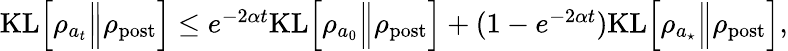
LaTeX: \begin{array}{r}{{\mathrm{KL}}\Bigl[\rho_{a_{t}}\Big\Vert\rho_{\mathrm{post}}\Bigr]\leq e^{-2\alpha t}{\mathrm{KL}}\Bigl[\rho_{a_{0}}\Big\Vert\rho_{\mathrm{post}}\Bigr]+(1-e^{-2\alpha t}){\mathrm{KL}}\Bigl[\rho_{a_{\star}}\Big\Vert\rho_{\mathrm{post}}\Bigr],}\end{array}